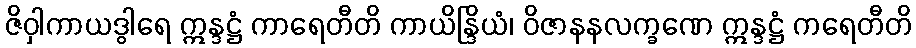
ဇိဝှါကာယဒွါရေ ဣန္ဒဋ္ဌံ ကာရေတီတိ ကာယိန္ဒြိယံ၊ ဝိဇာနနလက္ခဏေ ဣန္ဒဋ္ဌံ ကရေတီတိ